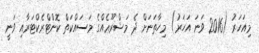
މިއަހަރު (2016 ވަނަ އަހަރު) މިހާތަނަށް ދެ މަޝްރޫޢެއްގެ މަސައްކަތް ކޮންޓްރެކްޓަރާއި ވަނީ